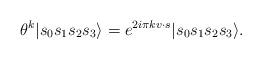
LaTeX: \begin{align*}\theta^k|s_0s_1s_2s_3\rangle = e^{2i\pi kv\cdot s}|s_0s_1s_2s_3\rangle.\end{align*}